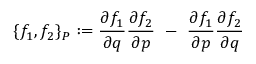
\{ f _ { 1 } , f _ { 2 } \} _ { P } : = \frac { \partial f _ { 1 } } { \partial q } \frac { \partial f _ { 2 } } { \partial p } \ - \ \frac { \partial f _ { 1 } } { \partial p } \frac { \partial f _ { 2 } } { \partial q }